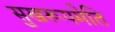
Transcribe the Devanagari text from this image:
सुखरूपमेति